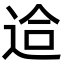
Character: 䢔